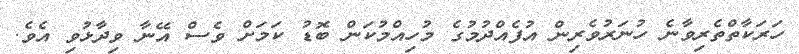
ހަރަކާތްތެރިވާނެ ހުނަރުވެރިން އުފެއްދުމުގެ މުހިއްމުކަން ބޮޑު ކަމަށް ވެސް އޭނާ ވިދާޅުވި އެވެ.